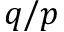
q / p